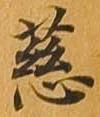
慈